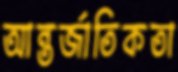
আন্তর্জাতিকতা